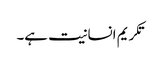
تکریم انسانیت ہے۔